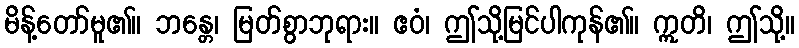
မိန့်တော်မူ၏။ ဘန္တေ၊ မြတ်စွာဘုရား။ ဧဝံ၊ ဤသို့မြင်ပါကုန်၏။ ဣတိ၊ ဤသို့။